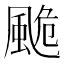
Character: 𩗜